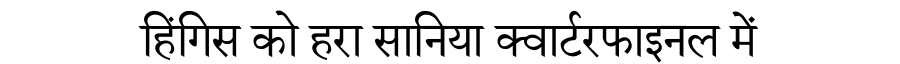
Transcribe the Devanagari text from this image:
हिंगिस को हरा सानिया क्वार्टरफाइनल में